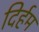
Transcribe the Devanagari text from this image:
दिर्हम